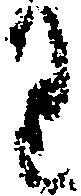
り